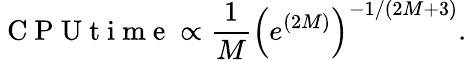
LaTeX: \mathrm{~C~P~U~t~i~m~e~}\propto\frac{1}{M}\left(e^{(2M)}\right)^{-1/(2M+3)}.